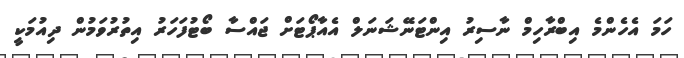
ހަމަ އެހެންމެ އިބްރާހިމް ނާސިރު އިންޓަނޭޝަނަލް އެއާޕޯޓަށް ޖައްސާ ބޯޓުފަހަރު އިތުރުވަމުން ދިއުމަކީ